Report on sanitation, dispensaries, and jails in Rajputana for 1920, and on vaccination for the year 1920-1921 - 1920-1921
Year: 1920
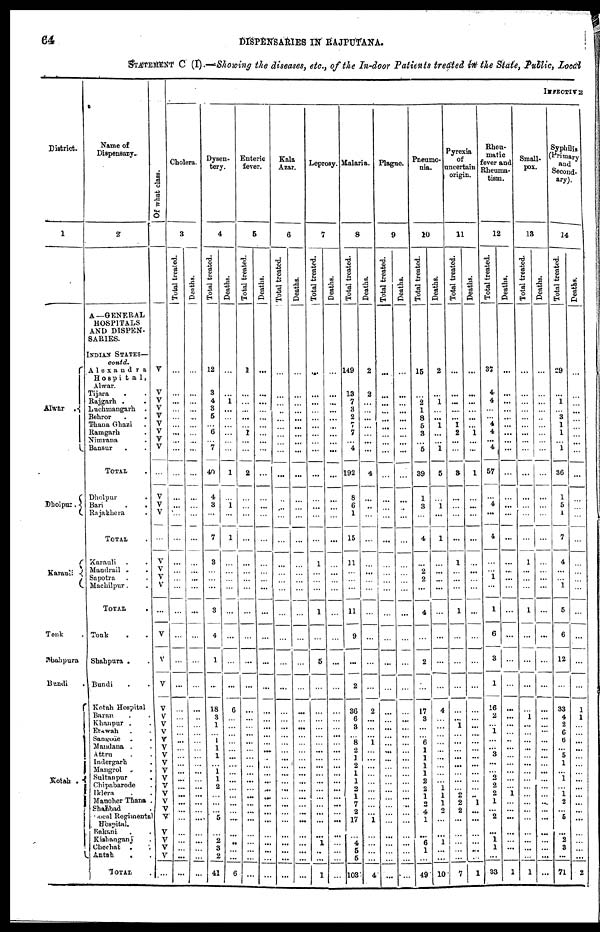
64
DISPENSARIES IN RAJPUTANA.
STATEMENT C (I).—Showing the diseases, etc., of the In-door Patients treated in the State, Public, Local
District.
1
Alwar
Dholpur.
Karauli
Tonk .
Shahpura
Bundi
Kotah.
Name of
Dispensary.
2
A—GENERAL
HOSPITALS
AND DISPEN-
SARIES.
INDIAN STATES—
contd.
Alexandra
Hospital,
Alwar.
Tijara . .
Rajgarh. .
Luchnmngarh .
Behror . .
Thana Ghazi .
Ramgarh .
Nimrana .
Bansur .
TOTAL
Dholpur .
Bari
.
.
Rajakhera
.
TOTAL .
Karauli ..
Mandrail ..
Sapotra ..
Machilpur. .
TOTAL .
Tonk ..
Shahpura . .
Bundi ..
Kotah Hospital
Baran. .
Khanpur . .
Etawah . .
Sangode . .
Mandana .
Attru . .
Indergarh .
Mangrol ..
Sultanpur
.
Chipabarode .
Iklera ..
Manoher Thana .
Shahbad .
Local Regimental
Hospital.
Rakani . .
Kishanganj .
Chechat
..
Antah
..
TOTAL
Of what class.
V
V
V
V
V
V
V
V
V
V
V
V
...
V
V
V
V
...
V
V
V
V
V
V
V
V
V
V
V
V
V
V
V
V
V
V
V
V
V
V
V
INFECTIVE
Cholera.
3
Total treated.
...
...
...
...
...
...
...
...
...
...
...
...
...
...
...
...
...
...
...
...
...
...
...
...
...
...
...
...
...
...
...
...
...
...
...
...
...
...
...
...
...
...
Deaths.
...
...
...
...
...
...
...
...
...
...
...
...
...
...
...
...
...
...
...
...
...
...
...
...
...
...
...
...
...
...
...
...
...
...
...
...
...
...
...
...
...
...
Dysen-
tery.
4
Total treated.
12
3
4
3
5
...
6
...
7
40
4
3
...
7
3
...
...
...
3
4
1
...
18
3
1
...
1
1
1
...
1
1
2
...
...
...
5
...
2
3
2
41
Deaths.
...
...
1
...
...
...
...
...
...
1
...
1
...
1
...
...
...
...
...
...
...
...
6
...
...
...
...
...
...
...
...
...
...
...
...
...
...
...
...
...
...
6
Enteric
fever.
5
Total treated.
1
...
...
...
...
...
1
...
...
2
...
...
...
...
...
...
...
...
...
...
...
...
...
...
...
...
...
...
...
...
...
...
...
...
...
...
...
...
...
...
...
...
Deaths.
...
...
...
...
...
...
...
...
...
...
...
...
...
...
...
...
...
...
...
...
...
...
...
...
...
...
...
...
...
...
...
...
...
...
...
...
...
...
...
...
...
...
Kala
Azar.
6
Total treated.
...
...
...
...
...
...
...
...
...
...
...
...
...
...
...
...
...
...
...
...
...
...
...
...
...
...
...
...
...
...
...
...
...
...
...
...
...
...
...
...
...
...
Deaths.
...
...
...
...
...
...
...
...
...
...
...
...
...
...
...
...
...
...
...
...
...
...
...
...
...
...
...
...
...
1
...
...
...
...
...
...
...
...
...
...
...
...
Leprosy.
7
Total treated.
...
...
...
...
...
...
...
...
...
...
...
...
...
...
1
...
...
...
1
...
5
...
...
...
...
...
...
...
...
...
...
...
...
...
...
...
...
...
1
...
...
1
Deaths.
...
...
...
...
...
...
...
...
...
...
...
...
...
...
...
...
...
...
...
...
...
...
...
...
...
...
...
...
...
...
...
...
...
...
...
...
...
...
...
...
...
...
Malaria.
8
Total treated.
149
13
7
3
2
7
7
...
4
192
8
6
1
15
11
...
...
...
11
9
...
2
36
6
3
...
8
2
1
2
1
1
2
1
7
2
17
...
4
5
6
103
Deaths.
2
2
...
...
...
...
...
...
...
4
...
...
...
...
...
...
...
...
...
...
...
...
2
...
...
...
1
...
...
...
...
...
...
...
...
...
1
...
...
...
...
4
Plague.
9
Total treated.
...
...
...
...
...
...
...
...
...
...
...
...
...
...
...
...
...
...
...
...
...
...
...
...
...
...
...
...
...
...
...
...
...
...
...
...
...
...
...
...
...
...
Deaths.
...
...
...
...
...
...
...
...
...
...
...
...
...
...
...
...
...
...
...
...
...
...
...
...
...
...
...
...
...
...
...
...
...
...
...
...
...
...
...
...
...
...
Pneumo-
nia.
10
Total treated.
15
...
2
1
8
5
3
...
5
39
1
3
...
4
...
2
2
...
4
...
2
...
17
3
...
...
6
1
1
1
1
2
2
1
2
4
1
...
6
1
...
49
Deaths.
2
...
1
...
...
1
...
...
1
5
...
1
...
1
...
...
...
...
...
...
...
...
4
...
...
...
...
...
...
...
...
...
1
1
1
2
...
...
1
...
...
10
Pyrexia
of
uncertain
origin.
11
Total treated.
...
...
...
...
...
1
2
...
...
3
...
...
...
...
1
...
...
...
1
...
...
...
...
...
1
...
...
...
...
...
...
...
...
2
2
2
...
...
...
...
...
7
Deaths.
...
...
...
...
...
...
1
...
...
1
...
...
...
...
...
...
...
...
...
...
...
...
...
...
...
...
...
...
...
...
...
...
...
...
1
...
...
...
...
...
...
1
Rheu-
matic
lever and
Rheuma-
tism.
12
Total treated.
37
4
4
...
...
4
4
...
4
57
...
4
...
4
...
...
1
...
1
6
3
1
16
2
...
1
...
...
3
...
...
2
2
2
1
...
2
...
1
1
...
33
Deaths.
...
...
...
...
...
...
...
...
...
...
...
...
...
...
...
...
...
...
...
...
...
...
...
...
...
...
...
...
...
...
...
...
...
1
...
...
...
...
...
...
...
1
Small¬
pox.
13
Total treated.
...
...
...
...
...
...
...
...
...
...
...
...
...
...
1
...
...
...
1
...
...
...
...
1
...
...
...
...
...
...
...
...
...
...
...
...
...
...
...
...
...
1
Deaths.
...
...
...
...
...
...
...
...
...
...
...
...
...
...
...
...
...
...
...
...
...
...
...
...
...
...
...
...
...
...
...
...
...
...
...
...
...
...
...
...
...
...
Syphilis
Primary
and
Second-
ary).
14
Total treated.
29
...
1
... 3
1
1
...
1
36
1
5
1
7
4
...
...
1
5
6
12
...
33
4
2
6
6
...
5
1
...
1
...
1
2
...
5
...
2
3
...
71
Deaths.
...
...
...
...
...
...
...
...
...
...
...
...
...
...
...
...
...
...
...
...
...
...
1
1
...
...
...
...
...
...
...
...
...
...
...
...
...
...
...
...
...
2